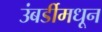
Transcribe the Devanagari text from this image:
उंबर्डीमधून